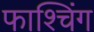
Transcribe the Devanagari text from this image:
फाश्चिंग